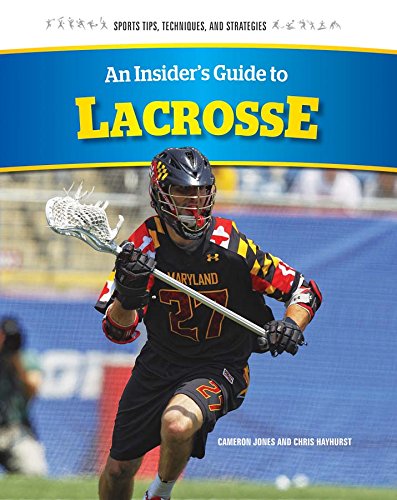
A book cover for An Insider's Guide to Lacrosse (Sports Tips, Techniques, and Strategies); Chris Hayhurst; Sports & Outdoors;